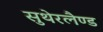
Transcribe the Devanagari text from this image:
सुथेरलैण्ड